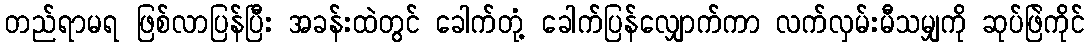
တည်ရာမရ ဖြစ်လာပြန်ပြီး အခန်းထဲတွင် ခေါက်တုံ့ ခေါက်ပြန်လျှောက်ကာ လက်လှမ်းမီသမျှကို ဆုပ်ဖြဲကိုင်